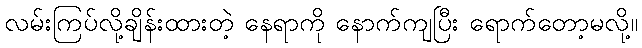
လမ်းကြပ်လို့ချိန်းထားတဲ့ နေရာကို နောက်ကျပြီး ရောက်တော့မလို့။